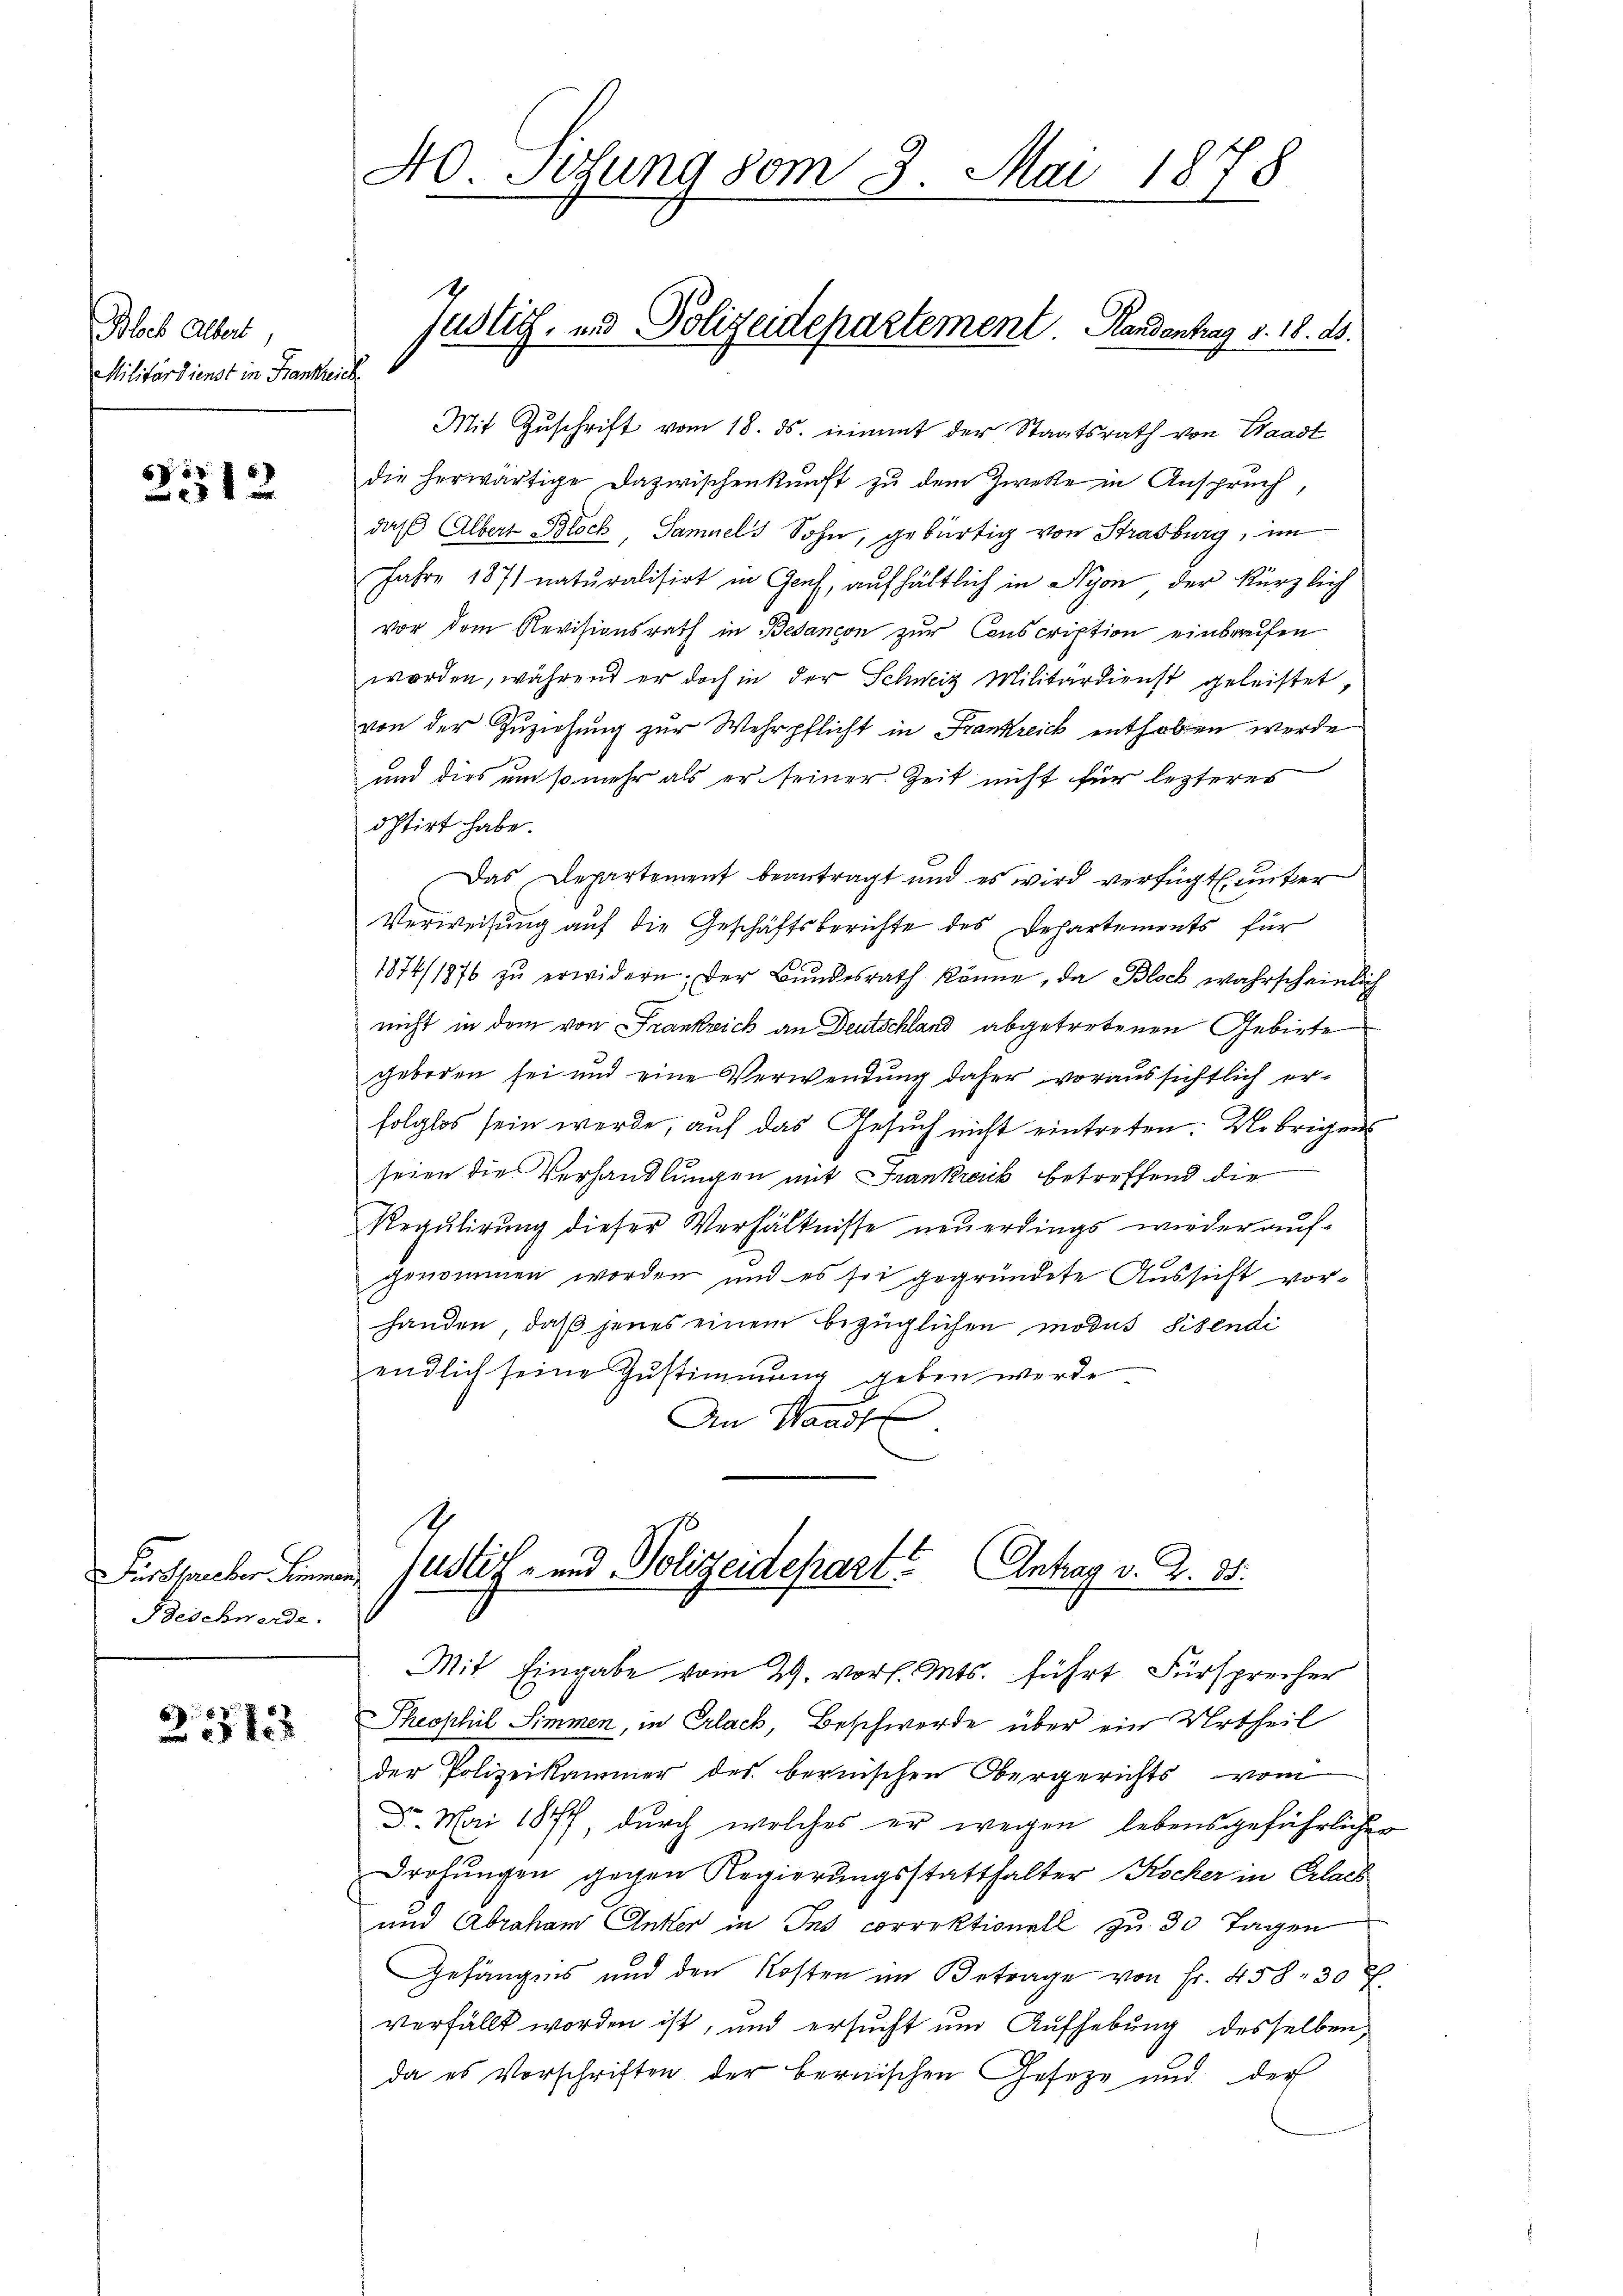
Bloch Albert
Militärdienst in Frankreich.

f
12

Fürsprecher Sinnen.
Beschwerde.

23133

40. Sösung vom 3. Mai 1878

Justich, und Polizeidepartement. Handentrag v. 18. ds.

Mit Zuschrift vom 18. ds. nimmt der Staatsrath von Waadt
die herwärtige Dazwischenkunft zu dem Zwecke in Anspruch,
daß Albert Bloch, Samuels Sohn, gebürtig von Strasburg, im
Jahre 1871 naturalisirt in Genf, aufhältlich in Nyon der kürzlich
vor dem Revisionsrath in Besancon zur Conscription einbrachen
worden, während er doch in der Schweiz Militärdienst geleistet,
von der Zuziehung zur Wehrpflicht in Frankreich enthoben werde
und dies um so mehr als er seiner Zeit nicht für lezteres
östirt habe.
Das Departement beantragt und es wird verfügt unter
Verweisung auf die Geschäftsberichte des Departements für
1874/1876 zŭ erwidern. Der Bŭndesrath könne, da Block wahrscheinlich
nicht in dem von Frankreich an Deutschland abgetretenen Gebirte
geboren sei und eine Verwendung daher voraussichtlich erfolglos sein werde, auf das Gesuch nicht eintreten. Uebrigens
seien die Verhandlungen mit Frankreich betreffend die
Regulirung dieser Verhältnisse neuerdings wieder aufgenommen worden, und es sie gegründete Aussicht vorhanden, daß jenes einem bezüglichen modus Sibendi
endlich seine Zustimmung geben werde
An Stands

Theophil Simmen, in Erlach, Beschwerde über ein Urtheil
der Polizeikammer des bernischen Obergerichts vom
Dr. Mai 1877, durch welches er wegen lebensgefährlicher
Drohungen gegen Regierungsstatthalter Kocher in Erlach
und Abraham Anker in Ins correktionell zu 30 Tagen
Gefängnis und den Kosten im Betrage von Fr. 458. 30 ff.
verfällt worden ist, und ersucht und Aufhebung desselben,
da es Vorschriften der bernischen Geseze und der

Justiz- und Polizeidepart? Antrag v. Z. 35.
Mit Eingabe vom 29. vor. Mts. führt Fürsprecher